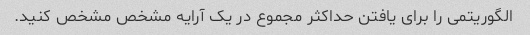
الگوریتمی را برای یافتن حداکثر مجموع در یک آرایه مشخص مشخص کنید.